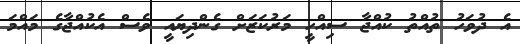
އެ ދުވަހު ތުއްތު ކުއްޖާ ސިއްހީ މަރުކަޒަށް ގެންދިޔައީ ވެސް އެކުއްޖާގެ މައްމަ